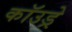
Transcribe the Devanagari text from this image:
कॉउड्रे